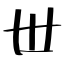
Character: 丗